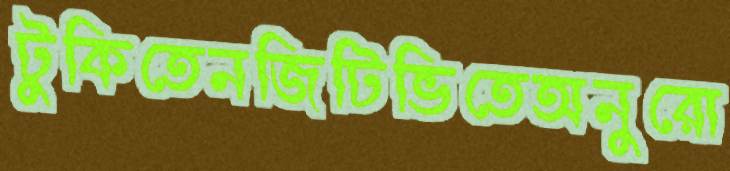
টুকিতেনজিটিভিতেঅনুরো